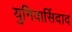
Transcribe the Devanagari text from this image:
युनिवार्सिदाद